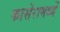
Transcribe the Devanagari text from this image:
कासेरामध्यें